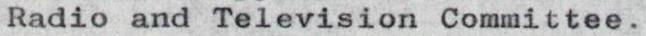
Radio and Television Committee.